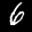
Label: 6